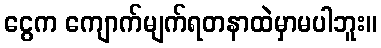
ငွေက ကျောက်မျက်ရတနာထဲမှာမပါဘူး။